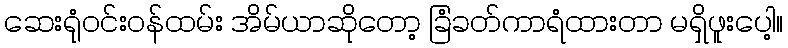
ဆေးရုံဝင်းဝန်ထမ်း အိမ်ယာဆိုတော့ ခြံခတ်ကာရံထားတာ မရှိဖူးပေါ့။